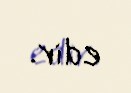
edir.